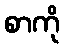
စာကို